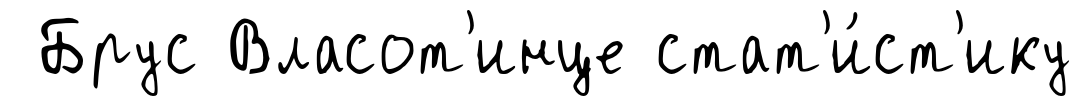
Брус Власот'инце стат'и́ст'ику